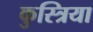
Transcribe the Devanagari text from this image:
कुस्त्रिया